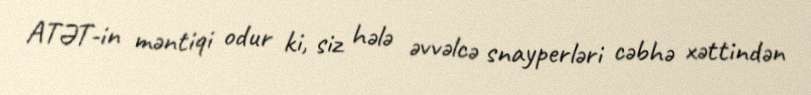
ATƏT-in məntiqi odur ki, siz hələ əvvəlcə snayperləri cəbhə xəttindən